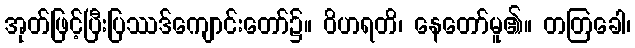
အုတ်ဖြင့်ပြီးပြဿဒ်ကျောင်းတော်၌။ ဝိဟရတိ၊ နေတော်မူ၏။ တတြခေါ၊